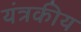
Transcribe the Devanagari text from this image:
यंत्रकीय